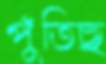
পুঁতিছ